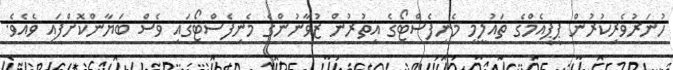
ހުނަރުވެރިކުރުން ޕީޕީއެމްގެ ތައުލީމީ މެނިފެސްޓޯގެ އިތުރުން ޒުވާނުންގެ މެނިފެސްޓޯގައި ވެސް ބަޔާންކޮށްފައި ވެއެވެ.